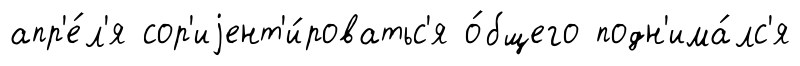
апр'е́л'я сор'иjент'и́роватьс'я о́бщего подн'има́лс'я